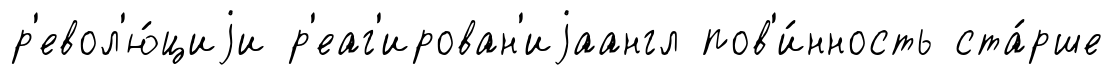
р'евол'ю́циjи р'еаг'ирован'иjаангл пов'и́нность ста́рше